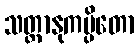
သတ္ထာနုကမ္ပိတော